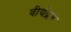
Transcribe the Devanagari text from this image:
वीर्यद्रव